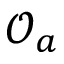
\mathcal { O } _ { a }